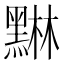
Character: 𮮙